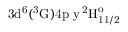
\mathrm { 3 d ^ { 6 } ( ^ { 3 } G ) 4 p \ y \, ^ { 2 } H _ { 1 1 / 2 } ^ { o } }